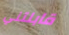
قابلتني